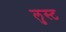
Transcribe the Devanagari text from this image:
लुस्ट